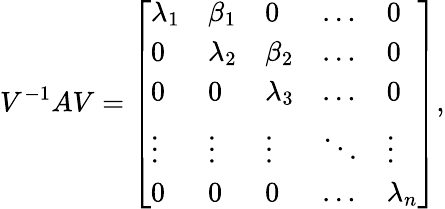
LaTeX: V^{-1}AV={\left[\begin{array}{lllll}{\lambda_{1}}&{\beta_{1}}&{0}&{\ldots}&{0}\\ {0}&{\lambda_{2}}&{\beta_{2}}&{\ldots}&{0}\\ {0}&{0}&{\lambda_{3}}&{\ldots}&{0}\\ {\vdots}&{\vdots}&{\vdots}&{\ddots}&{\vdots}\\ {0}&{0}&{0}&{\ldots}&{\lambda_{n}}\end{array}\right]},